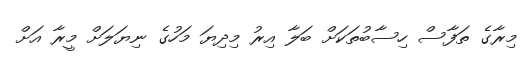
މިރާގެ ތަފާސް ހިސާބުތަކަށް ބަލާ އިރު މިދިޔަ މަހުގެ ނިޔަލަށް މީރާ އަށް